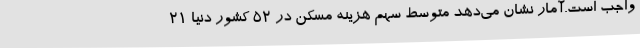
واجب است.آمار نشان می‌دهد متوسط سهم هزینه مسکن در ۵۲ کشور دنیا ۲۱